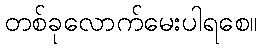
တစ်ခုလောက်မေးပါရစေ။